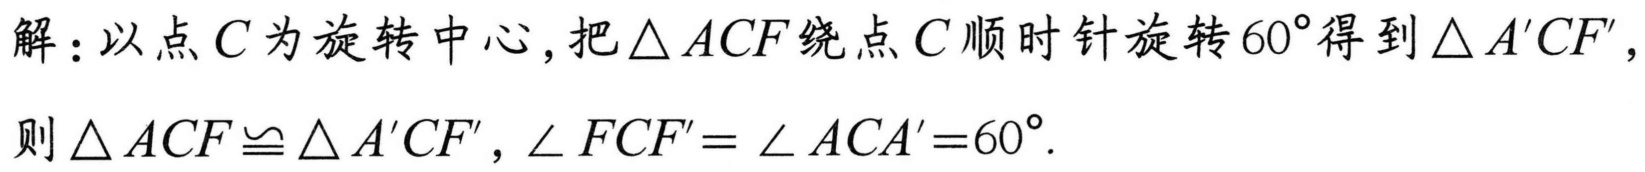
解：以点\(C\)为旋转中心，把\(\triangle ACF\)绕点\(C\)顺时针旋转\(60^{\circ}\)得到\(\triangle A'CF'\)，
则\(\triangle ACF\cong\triangle A'CF'\)，\(\angle FCF' = \angle ACA'=60^{\circ}\).